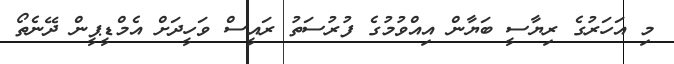
މި އަހަރުގެ ރިޔާސީ ބަޔާން އިއްވުމުގެ ފުރުސަތު ރައީސް ވަހީދަށް އެމްޑީޕީން ދޭނެތޯ